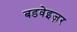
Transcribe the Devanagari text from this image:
बडवेइज़र